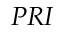
P R I